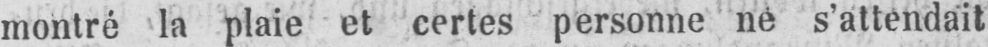
montré la plaie et certes personne ne s’attendait